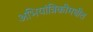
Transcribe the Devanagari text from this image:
अभियांत्रिकीमधील